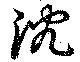
沈